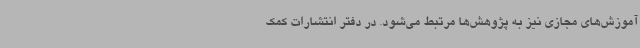
آموزش‌های مجازی نیز به پژوهش‌ها مرتبط می‌شود. در دفتر انتشارات کمک